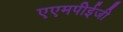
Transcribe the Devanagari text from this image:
एएमपीईजी